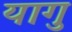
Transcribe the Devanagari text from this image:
यागु